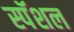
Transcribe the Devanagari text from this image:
स्पॅशल